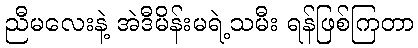
ညီမလေးနဲ့ အဲဒီမိန်းမရဲ့သမီး ရန်ဖြစ်ကြတာ